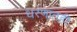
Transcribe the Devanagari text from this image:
धरणातही